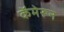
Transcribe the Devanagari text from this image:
कॅमेरून